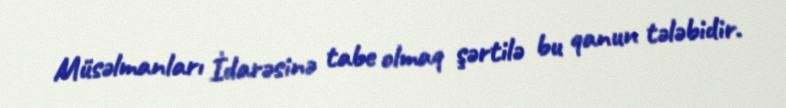
Müsəlmanları İdarəsinə tabe olmaq şərtilə bu qanun tələbidir.